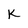
Character: K